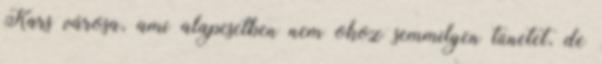
Kars városa, ami alapesetben nem okoz semmilyen tünetet, de